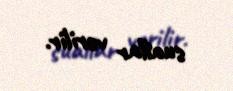
suallar verilir.